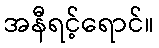
အနီရင့်ရောင်။